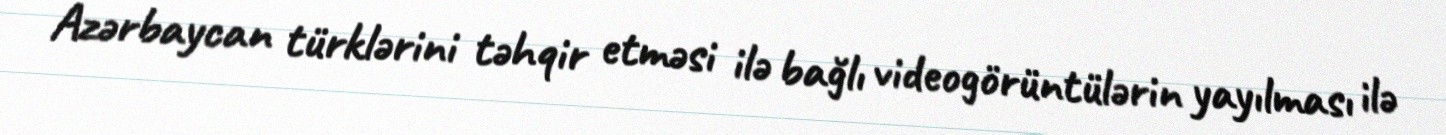
Azərbaycan türklərini təhqir etməsi ilə bağlı videogörüntülərin yayılması ilə